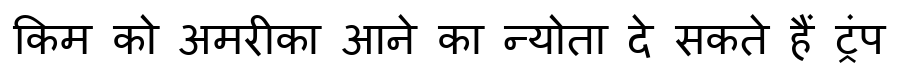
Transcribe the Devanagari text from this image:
किम को अमरीका आने का न्योता दे सकते हैं ट्रंप